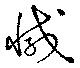
減